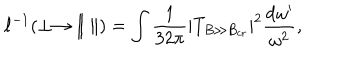
LaTeX: \ell ^ { - 1 } ( \perp \to \| ~ \| ) = \int \frac { 1 } { 3 2 \pi } | T _ { B \gg B _ { \mathrm { c r } } } | ^ { 2 } \frac { \mathrm { d } \omega ^ { \prime } } { \omega ^ { 2 } } ,